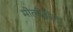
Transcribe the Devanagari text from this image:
मोलीझेला